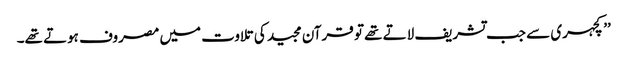
’’کچہری سے جب تشریف لاتے تھے تو قرآن مجید کی تلاوت میں مصروف ہوتے تھے۔